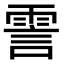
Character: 霅